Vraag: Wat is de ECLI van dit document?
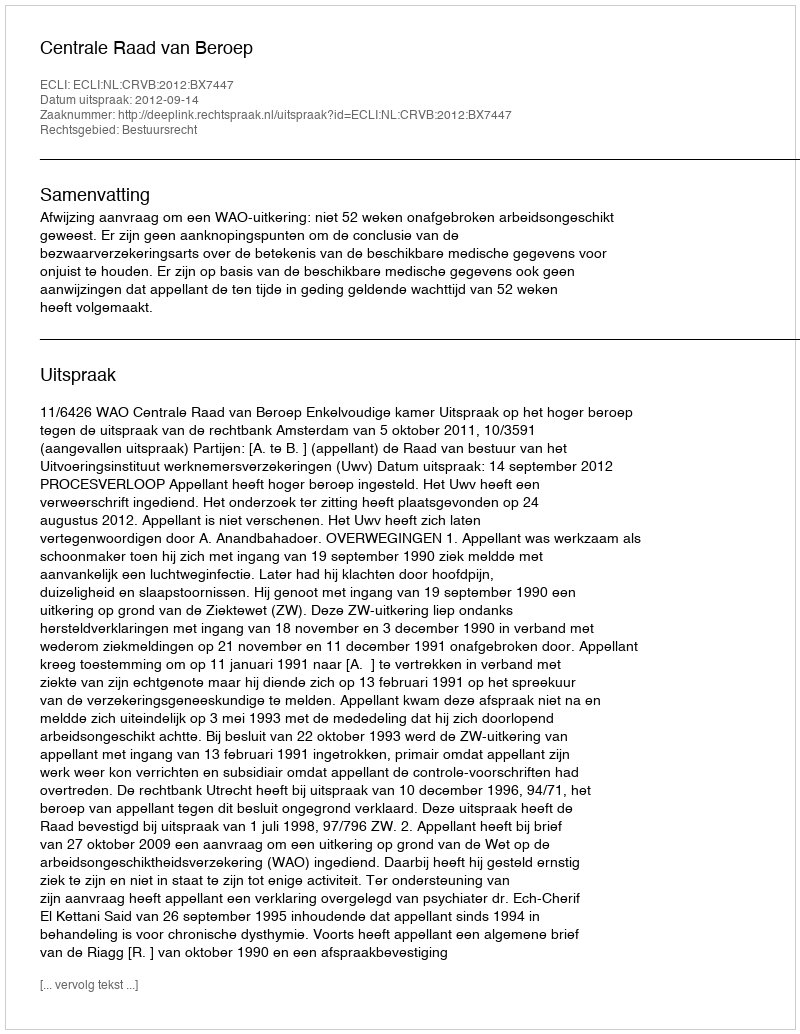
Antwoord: ECLI:NL:CRVB:2012:BX7447